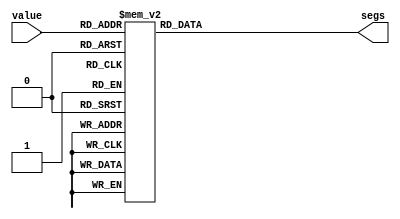
module hex_digit_lut_7 (
    input [3:0] value,
    output reg [7:0] segs
  );
  
  
  
  always @* begin
    
    case (value)
      4'h0: begin
        segs = 8'h3f;
      end
      4'h1: begin
        segs = 8'h06;
      end
      4'h2: begin
        segs = 8'h5b;
      end
      4'h3: begin
        segs = 8'h4f;
      end
      4'h4: begin
        segs = 8'h66;
      end
      4'h5: begin
        segs = 8'h6d;
      end
      4'h6: begin
        segs = 8'h7d;
      end
      4'h7: begin
        segs = 8'h07;
      end
      4'h8: begin
        segs = 8'h7f;
      end
      4'h9: begin
        segs = 8'h67;
      end
      4'ha: begin
        segs = 8'h77;
      end
      4'hb: begin
        segs = 8'h7c;
      end
      4'hc: begin
        segs = 8'h39;
      end
      4'hd: begin
        segs = 8'h5e;
      end
      4'he: begin
        segs = 8'h79;
      end
      4'hf: begin
        segs = 8'h71;
      end
      default: begin
        segs = 8'h00;
      end
    endcase
  end
endmodule